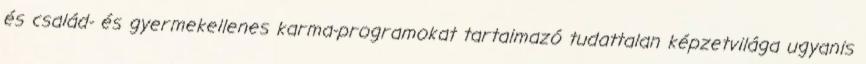
és család- és gyermekellenes karma-programokat tartalmazó tudattalan képzetvilága ugyanis